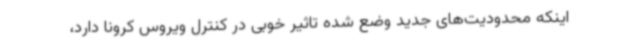
اینکه محدودیت‌های جدید وضع شده تاثیر خوبی در کنترل ویروس کرونا دارد،